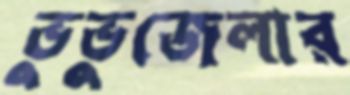
ভুভুজেলার